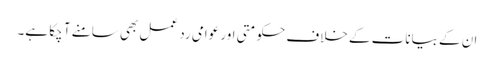
ان کے بیانات کے خلاف حکومتی اور عوامی رد عمل بھی سامنے آ چکا ہے۔